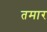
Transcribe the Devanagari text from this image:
तमार